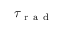
\tau _ { \mathrm { ~ r ~ a ~ d ~ } }